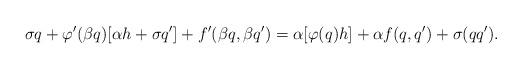
LaTeX: \begin{align*} \sigma q+\varphi'(\beta q)[\alpha h+\sigma q']+f'(\beta q,\beta q')=\alpha[\varphi(q)h]+\alpha f(q,q')+\sigma(qq').\end{align*}